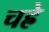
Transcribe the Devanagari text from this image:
चह्रे